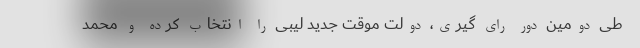
طی دومین دور رای گیری، دولت موقت جدید لیبی را انتخاب کرده و محمد